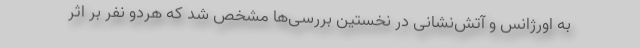
به اورژانس و آتش‌نشانی در نخستین بررسی‌ها مشخص شد که هردو نفر بر اثر